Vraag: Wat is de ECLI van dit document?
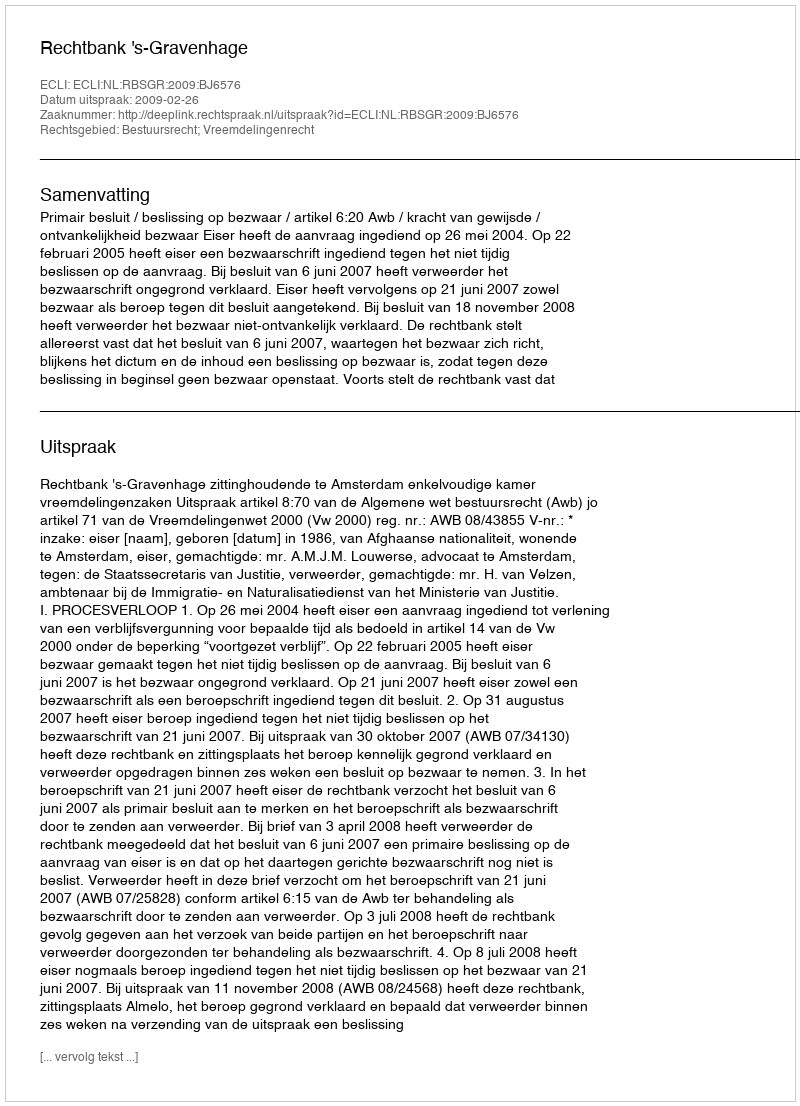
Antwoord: ECLI:NL:RBSGR:2009:BJ6576